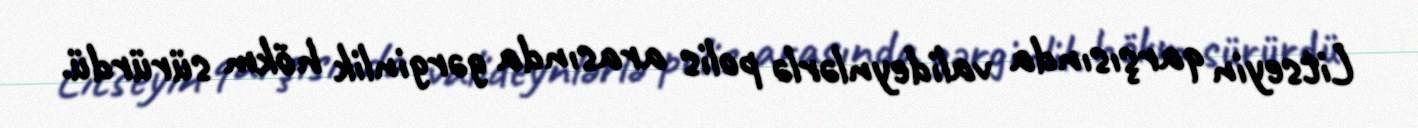
Litseyin qarşısında valideynlərlə polis arasında gərginlik hökm sürürdü.